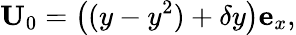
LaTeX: {\mathbf U}_{0}=\left((y-y^{2})+\delta y\right){\mathbf e_{x}},